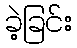
ခဲ့ခြင်း